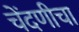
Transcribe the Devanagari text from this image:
चेंदणीचा